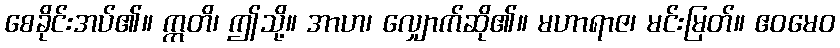
စေခိုင်းအပ်၏။ ဣတိ၊ ဤသို့။ အာဟ၊ လျှောက်ဆို၏။ မဟာရာဇ၊ မင်းမြတ်။ ဧဝမေဝ